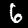
Label: 6